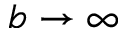
b \to \infty